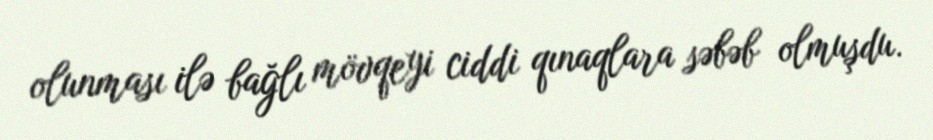
olunması ilə bağlı mövqeyi ciddi qınaqlara səbəb olmuşdu.